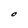
Character: O